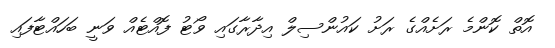
އޮތް ކޮންމެ ރަށެއްގެ ރަށު ކައުންސިލް އިދާރާގައި ވޯޓު ފޮއްޓެއް ވަނީ ބަހައްޓާފައި